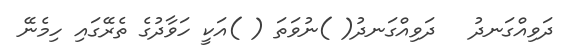
ދަވިއްގަނދު   ދަވިއްގަނދު( )ނުވަތަ ( )އަކީ ހަވާދުގެ ތެރޭގައި ހިމެނޭ